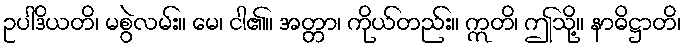
ဥပါဒိယတိ၊ မစွဲလမ်း။ မေ၊ ငါ၏။ အတ္တာ၊ ကိုယ်တည်း။ ဣတိ၊ ဤသို့။ နာဓိဋ္ဌာတိ၊